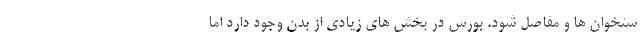
ستخوان ها و مفاصل شود. بورس در بخش های زیادی از بدن وجود دارد اما